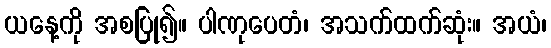
ယနေ့ကို အစပြု၍။ ပါဏုပေတံ၊ အသက်ထက်ဆုံး။ အယံ၊